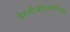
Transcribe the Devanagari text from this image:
पेरानीओप्लास्टिक